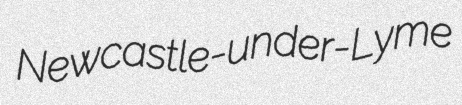
Newcastle-under-Lyme